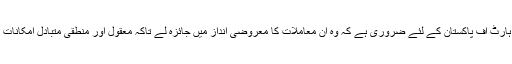
ہارٹ آف ایشیا کو جانے دیں، ہارٹ آف پاکستان کے لئے ضروری ہے کہ وہ ان معاملات کا معروضی انداز میں جائزہ لے تاکہ معقول اور منطقی متبادل امکانات کی طرف قدم بڑھایا جاسکے ۔